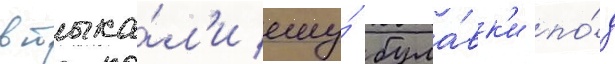
втыка́л'и ему́ була́вк'и по́д